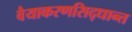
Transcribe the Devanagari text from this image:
वैयाकरणसिद्धान्त